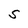
Character: S